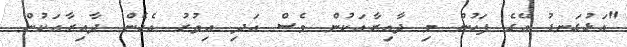
"އަޅުގަނޑު އޭގެ ފަހުން މި ދާއިރާއަކުން ވެސް އަދި އިތުރު އެހެން ދާއިރާއަކުން